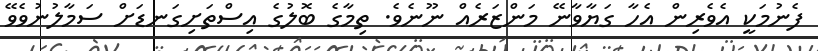
ފެނުމަކީ އެވެރިން އެހާ ގަޔާވާނޭ މަންޒަރެއް ނޫނެވެ. ތިމާގެ ބޮލުގެ އިސްތަށިގަނޑަށް ސަމާލުނުވެވޭ